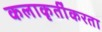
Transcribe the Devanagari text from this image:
कलाकृतींकरता